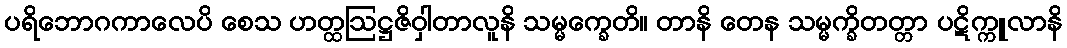
ပရိဘောဂကာလေပိ စေသ ဟတ္ထဩဋ္ဌဇိဝှါတာလူနိ သမ္မက္ခေတိ။ တာနိ တေန သမ္မက္ခိတတ္တာ ပဋိက္ကူလာနိ